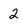
Character: 2